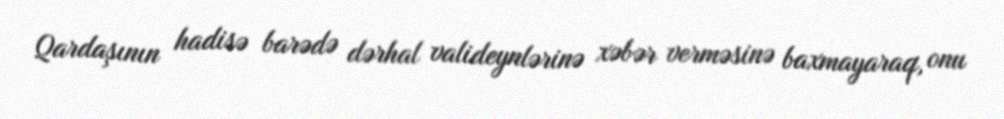
Qardaşının hadisə barədə dərhal valideynlərinə xəbər verməsinə baxmayaraq, onu